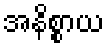
အနိစ္စာယ